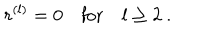
r ^ { ( l ) } = 0 \quad \mathrm { f o r } \quad l \geq 2 \ .